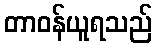
တာဝန်ယူရသည်